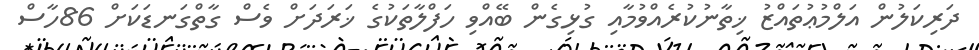
ދަރިކަލުން އަލްމުޢުތައްޒު ޚިތާނުކުރެއްވުމާއި ގުޅިގެން ބޭއްވި ހަފްލާތަކުގެ ޚަރަދަށް ވެސް ގާތްގަނޑަކަށް 86ހާސް